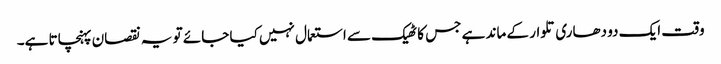
وقت ایک دو دھاری تلوار کے ماند ہے جس کا ٹھیک سے استعمال نہیں کیا جائے تو یہ نقصان پہنچاتا ہے۔